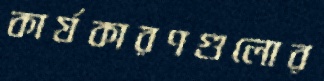
কার্যকারণগুলোর